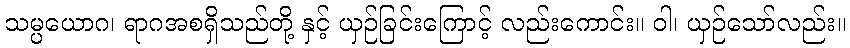
သမ္ပယောဂ၊ ရာဂအစရှိသည်တို့ နှင့် ယှဉ်ခြင်းကြောင့် လည်းကောင်း။ ဝါ၊ ယှဉ်သော်လည်း။